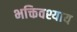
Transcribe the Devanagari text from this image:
भक्तिवश्याय